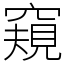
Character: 窺